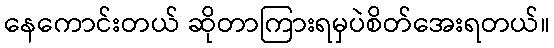
နေကောင်းတယ် ဆိုတာကြားရမှပဲစိတ်အေးရတယ်။